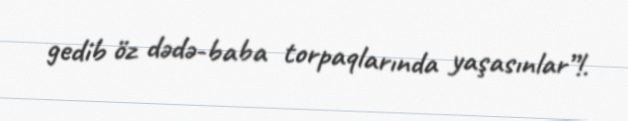
gedib öz dədə-baba torpaqlarında yaşasınlar”!.